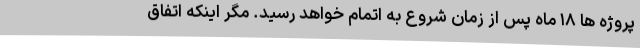
پروژه ها ۱۸ ماه پس از زمان شروع به اتمام خواهد رسید. مگر اینکه اتفاق